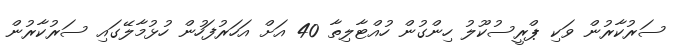
ސަރުކާރުން ވަކި ޕްރީސުކޫލު ހިންގުން ހުއްޓާލިތާ 40 އަށް އަހަރުފަހުން ހުޅުމާލޭގައި ސަރުކާރުން